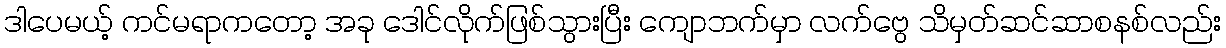
ဒါပေမယ့် ကင်မရာကတော့ အခု ဒေါင်လိုက်ဖြစ်သွားပြီး ကျောဘက်မှာ လက်ဗွေ သိမှတ်ဆင်ဆာစနစ်လည်း